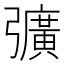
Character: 彍